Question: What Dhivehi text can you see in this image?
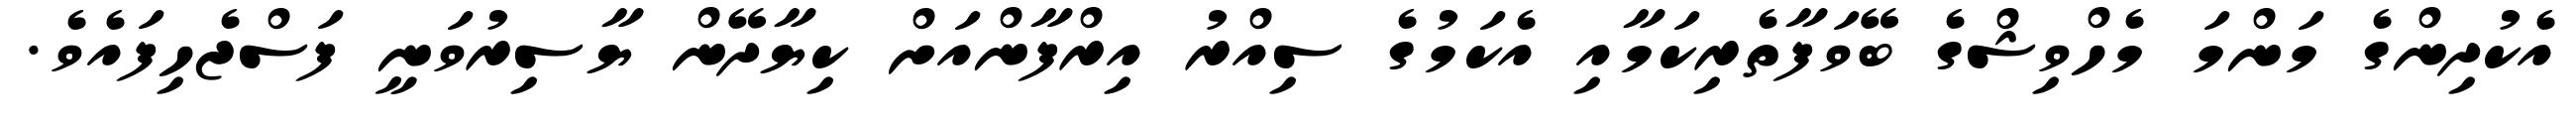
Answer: އެކުދިންގެ މަންމަ މެހްވިޝްގެ ބޭވަފާތެރިކަމާއި އެކަމުގެ ސިއްރު އިރްފާންއަށް ކިޔާދޭން ޔާސިރުވަނީ ފަސްޖެހިފައެވެ.